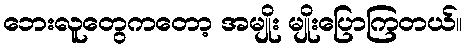
ဘေးလူတွေကတော့ အမျိုး မျိုးပြောကြတယ်။